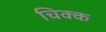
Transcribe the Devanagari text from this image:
चिक्क